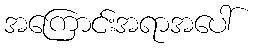
အကြောင်းအရာအပေါ်